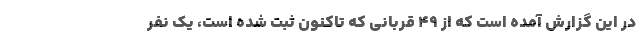
در این گزارش آمده است که از ۴۹ قربانی که تا‌کنون ثبت شده است، یک نفر